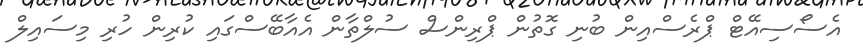
އެސޯސިއޭޓް ޕްރެސްއިން ބުނި ގޮތުން ޕްރިންސް ސުލްތާން އެއާބޭސްގައި ކުރިން ހުރި މިސައިލް